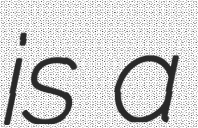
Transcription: is a